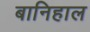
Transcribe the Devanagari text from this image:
बानिहाल